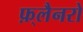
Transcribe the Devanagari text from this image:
फ़्लैनरो